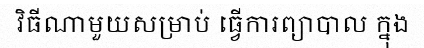
វិធីណាមួយសម្រាប់ ធ្វើការព្យាបាល ក្នុង